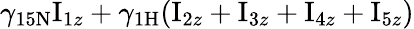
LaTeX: \gamma_{\mathrm{15N}}\mathrm{I}_{1z}+\gamma_{\mathrm{1H}}(\mathrm{I}_{2z}+\mathrm{I}_{3z}+\mathrm{I}_{4z}+\mathrm{I}_{5z})